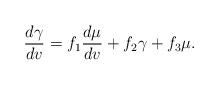
LaTeX: \begin{align*} \frac{d\gamma}{dv}=f_1\frac{d\mu}{dv}+f_2\gamma+f_3\mu.\end{align*}